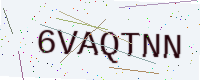
Text: 6VAQTNN